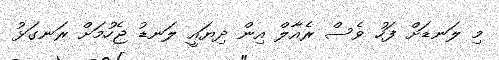
މި ލަނޑަށް ފަހު ވެސް ރެއާލް އިން ދިޔައީ ލަނޑު ޖެހުމަށް ރަނގަޅު